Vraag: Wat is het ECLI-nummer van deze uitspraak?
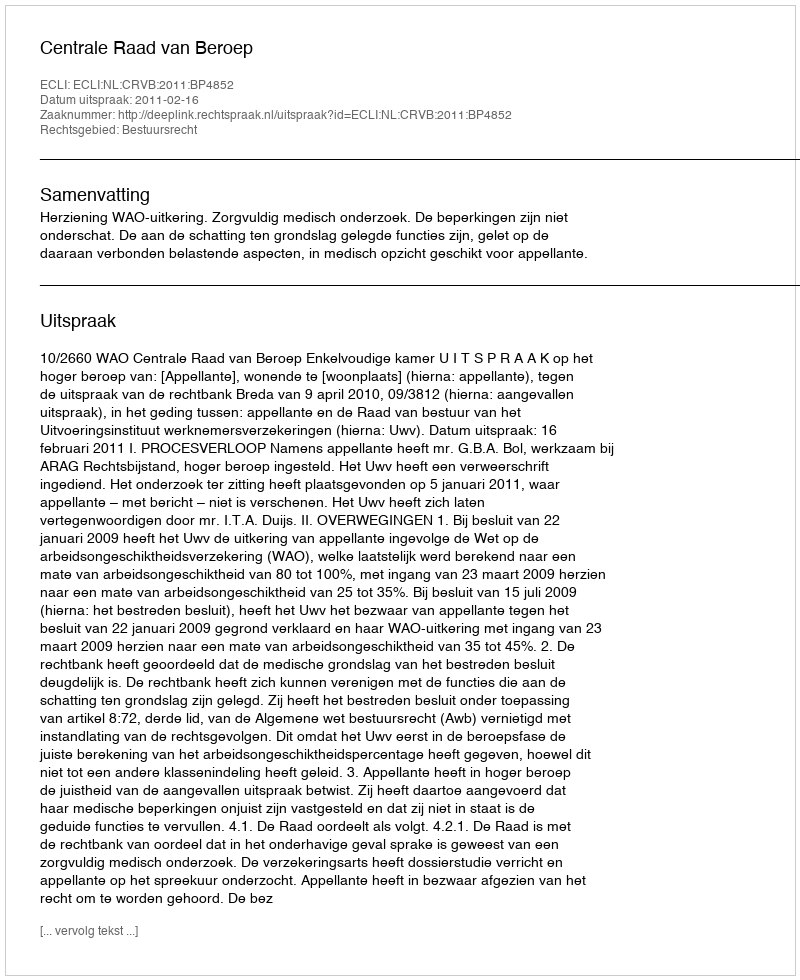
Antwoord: ECLI:NL:CRVB:2011:BP4852